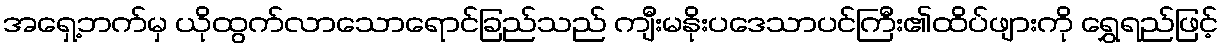
အရှေ့ဘက်မှ ယိုထွက်လာသောရောင်ခြည်သည် ကျီးမနိုးပဒေသာပင်ကြီး၏ထိပ်ဖျားကို ရွှေရည်ဖြင့်